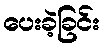
ပေးခဲ့ခြင်း